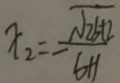
x _ { 2 } = - \frac { \sqrt { 2 6 + 1 } } { 6 + 1 }